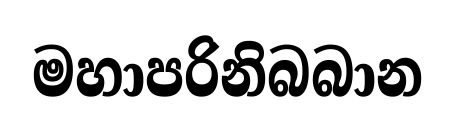
මහාපරිනිබබාන